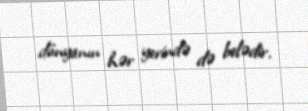
dünyanın hər yerində də belədir.